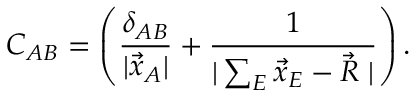
C _ { A B } = \left( \frac { \delta _ { A B } } { | \vec { x } _ { A } | } + \frac { 1 } { | \sum _ { E } \vec { x } _ { E } - \vec { R } \; | } \right) .